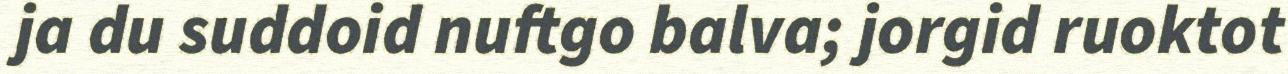
ja du suddoid nuftgo balva; jorgid ruoktot